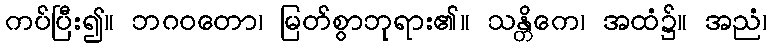
ကပ်ပြီး၍။ ဘဂဝတော၊ မြတ်စွာဘုရား၏။ သန္တိကေ၊ အထံ၌။ အညံ၊